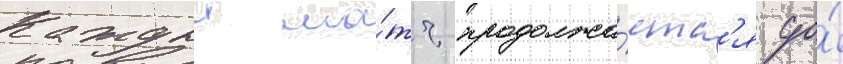
Каждыи ма́тч продолжа́етс'я до́